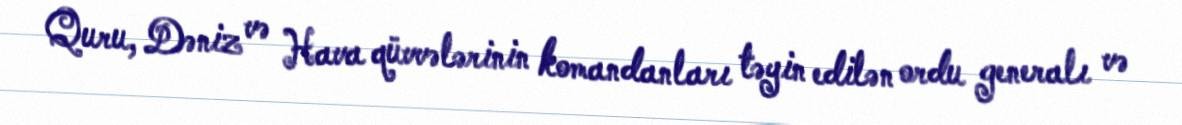
Quru, Dəniz və Hava qüvvələrinin komandanları təyin edilən ordu generalı və